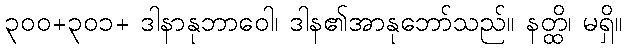
၃၀၀+၃၀၁+ ဒါနာနုဘာဝေါ၊ ဒါန၏အာနုဘော်သည်။ နတ္ထိ၊ မရှိ။